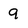
Character: 9